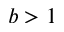
b > 1